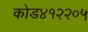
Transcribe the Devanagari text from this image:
कोड४१२२०५